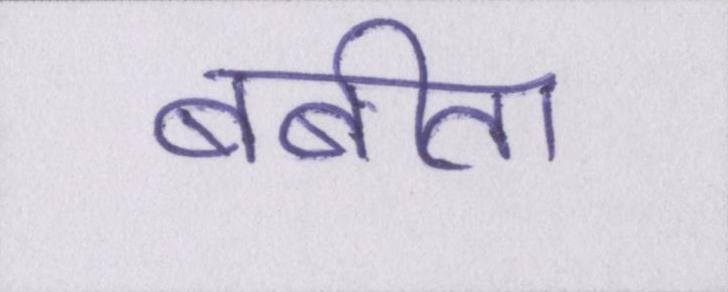
बबीता